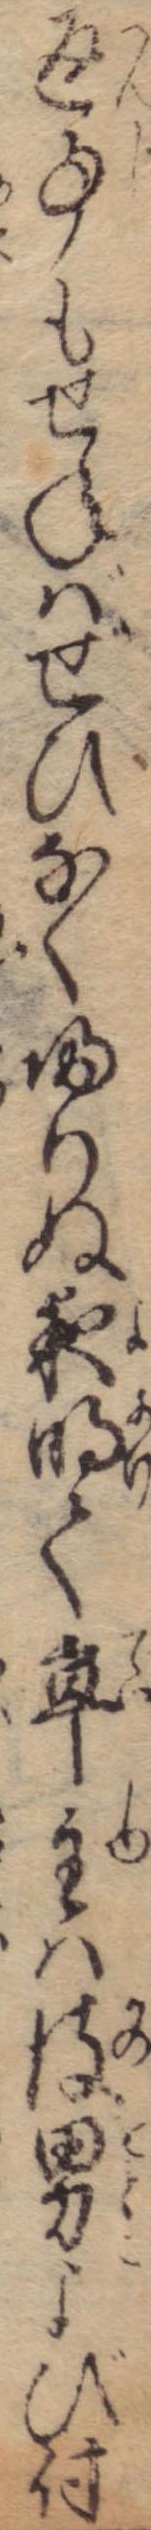
返事もせねばぜひなく帰りぬ夜明て亭主は彼男よび付